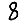
Digit: 8